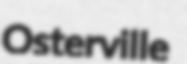
Osterville